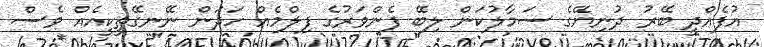
އުފެއްދީ ބޭރު ދުނިޔޭގެ ސަމާލުކަން ލިބޭ ފެންވަރުގެ ފިލްމެއް ހަދަން ނޭނގޭތީކީއެއް ވެސް